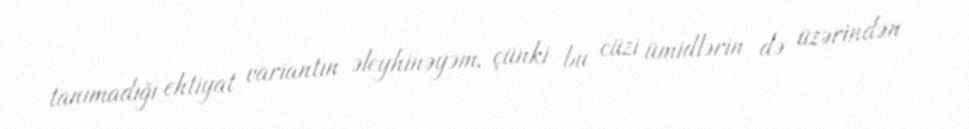
tanımadığı ehtiyat variantın əleyhinəyəm, çünki bu cüzi ümidlərin də üzərindən